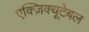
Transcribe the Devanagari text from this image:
एक्ज़िक्यूटेबल